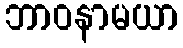
ဘာဝနာမယာ